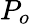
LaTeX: P_{o}